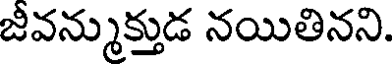
జీవన్ముక్తుడ నయితినని.